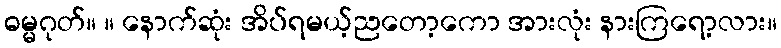
ဓမ္မဂုတ်။ ။ နောက်ဆုံး အိပ်ရမယ့်ညတော့ကော အားလုံး နားကြရော့လား။